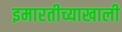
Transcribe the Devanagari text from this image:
इमारतीच्याखाली